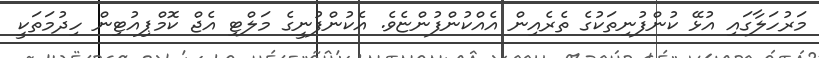
މަރުހަލާގައި އުޅޭ ކުންފުނިތަކުގެ ތެރެއިން އެއްކުންފުންޏެވެ. އެކުންފުނީގެ މަލްޓި އެޖް ކޮމްޕިއުޓިން ހިދުމަތަކީ